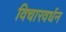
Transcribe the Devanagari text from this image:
विचारवर्धन